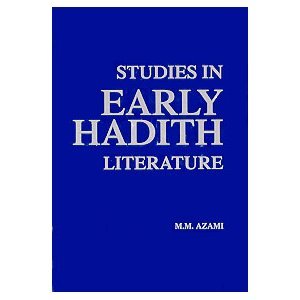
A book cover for Studies in Early Hadith Literature.; Muhammad Mustafa Azami; Religion & Spirituality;